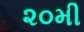
૨૦મી